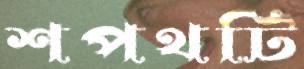
শপথটি